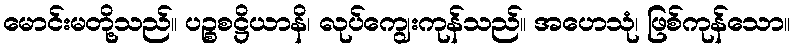
မောင်းမတို့သည်။ ပဉ္စစဋ္ဌိယာနိ၊ လုပ်ကျွေးကုန်သည်။ အဟေသုံ၊ ဖြစ်ကုန်သော။